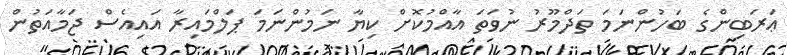
ޢަރަބިންގެ ބަހުންނަމަ ތަދްމޫރު ނުވަތަ އާއްމުކޮށް ކިޔާ ނަމުންނަމަ ޕަލްމައިރާ އައިއެސް ޖަމާއަތުން